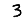
Digit: 3